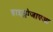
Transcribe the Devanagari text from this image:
हाइड्रोजाएआ